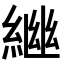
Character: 𦁚